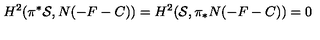
H ^ { 2 } ( \pi ^ { * } { \cal S } , N ( - F - C ) ) = H ^ { 2 } ( { \cal S } , \pi _ { * } N ( - F - C ) ) = 0